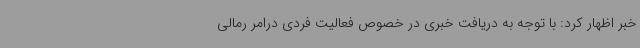
خبر اظهار کرد: با توجه به دریافت خبری در خصوص فعالیت فردی درامر رمالی